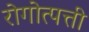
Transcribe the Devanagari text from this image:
रोगोत्पत्ती